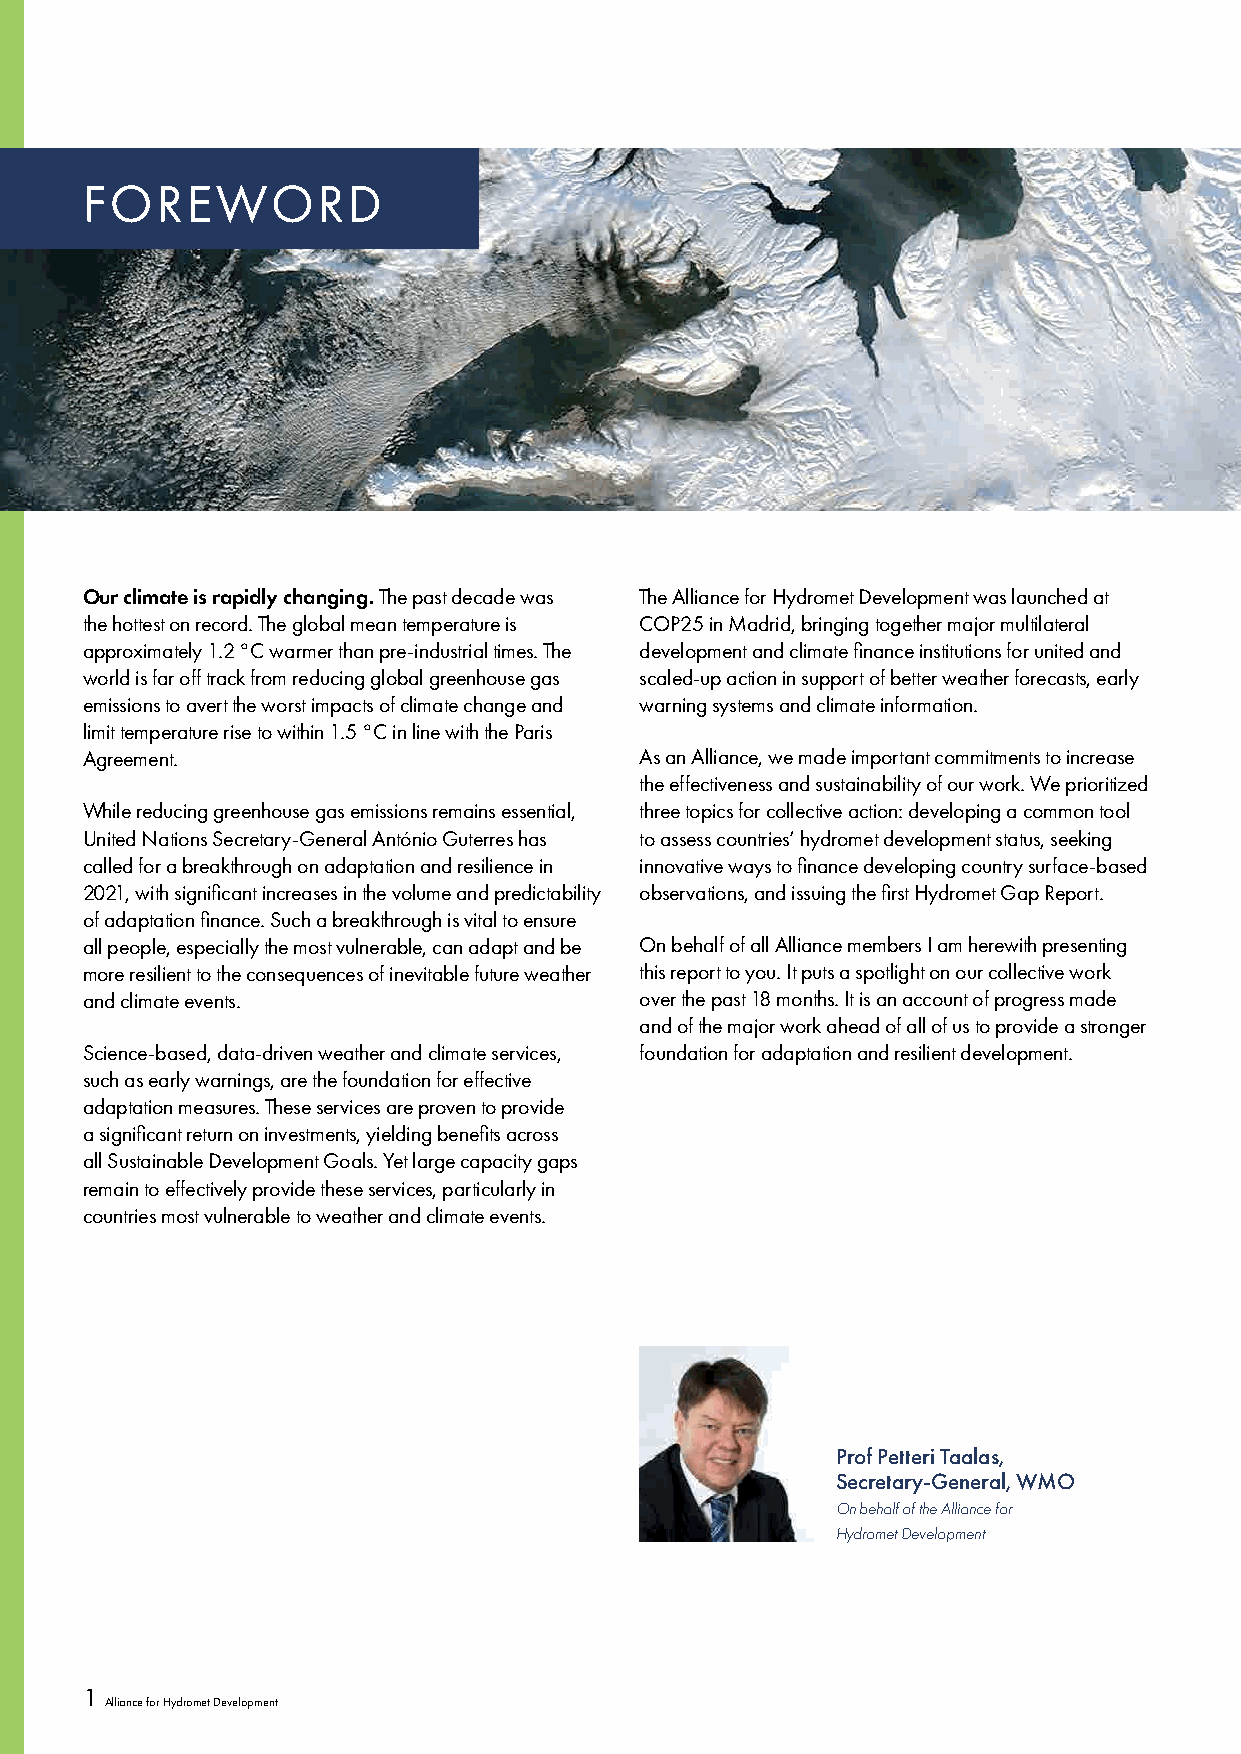
IFNOSREERWT  OTIRTLDE SECTION
 [Introduction text] dolor sit amet, consectetur adipiscing elit. Etiam efficitur magna et posuere ornare. Praesent
 nec urna dapibus ex imperdiet facilisis. Nunc fermentum porttitor nibh vel pharetra. Integer diam libero, imperdiet
 vel maximus eget, tristique ac augue. Morbi a justo odio. Proin quis blandit nisi. Fusce eu sem lobortis, efficitur
 magna sit amet, pulvinar ante. Aenean nec erat sed enim faucibus vestibulum.h vel pharetra. Integer diam libero,
 imperdiet vel maximus eget, tristique ac augue. Morbi a justo odio. Proin quis blandit nisi. Fusce eu sem lobortis,
 efficitur magna sit amet, pulvinar ante. Aenean nec erat sed enim faucibus vestibulum.
 Our climate is rapidly changing. The past decade was The Alliance for Hydromet Development was launched at
 the hottest on record. The global mean temperature is COP25 in Madrid, bringing together major multilateral
 approximately 1.2 °C warmer than pre-industrial times. The development and climate finance institutions for united and
 world is far off track from reducing global greenhouse gas scaled-up action in support of better weather forecasts, early
 emissions to avert the worst impacts of climate change and warning systems and climate information.
 limit temperature rise to within 1.5 °C in line with the Paris
 Agreement.                           As an Alliance, we made important commitments to increase
 the effectiveness and sustainability of our work. We prioritized
 While reducing greenhouse gas emissions remains essential, three topics for collective action: developing a common tool
 United Nations Secretary-General António Guterres has to assess countries’ hydromet development status, seeking
 called for a breakthrough on adaptation and resilience in innovative ways to finance developing country surface-based
 2021, with significant increases in the volume and predictability observations, and issuing the first Hydromet Gap Report.
 of adaptation finance. Such a breakthrough is vital to ensure
 all people, especially the most vulnerable, can adapt and be On behalf of all Alliance members I am herewith presenting
 more resilient to the consequences of inevitable future weather this report to you. It puts a spotlight on our collective work
 and climate events.                  over the past 18 months. It is an account of progress made
 and of the major work ahead of all of us to provide a stronger
 Science-based, data-driven weather and climate services, foundation for adaptation and resilient development.
 such as early warnings, are the foundation for effective
 adaptation measures. These services are proven to provide
 a significant return on investments, yielding benefits across
 all Sustainable Development Goals. Yet large capacity gaps
 remain to effectively provide these services, particularly in
 countries most vulnerable to weather and climate events.
 Prof Petteri Taalas,
 Secretary-General, WMO
 On behalf of the Alliance for
 Hydromet Development
 1
 Alliance for Hydromet Development